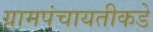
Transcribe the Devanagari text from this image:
ग्रामपंचायतीकडे